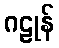
ဂဠုန်